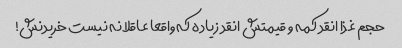
حجم غذا انقد کمه و قیمتش انقد زیاده که واقعا عاقلانه نیست خریدنش!